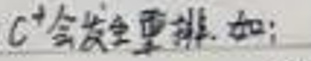
$C^{+}$会发生重排.如: